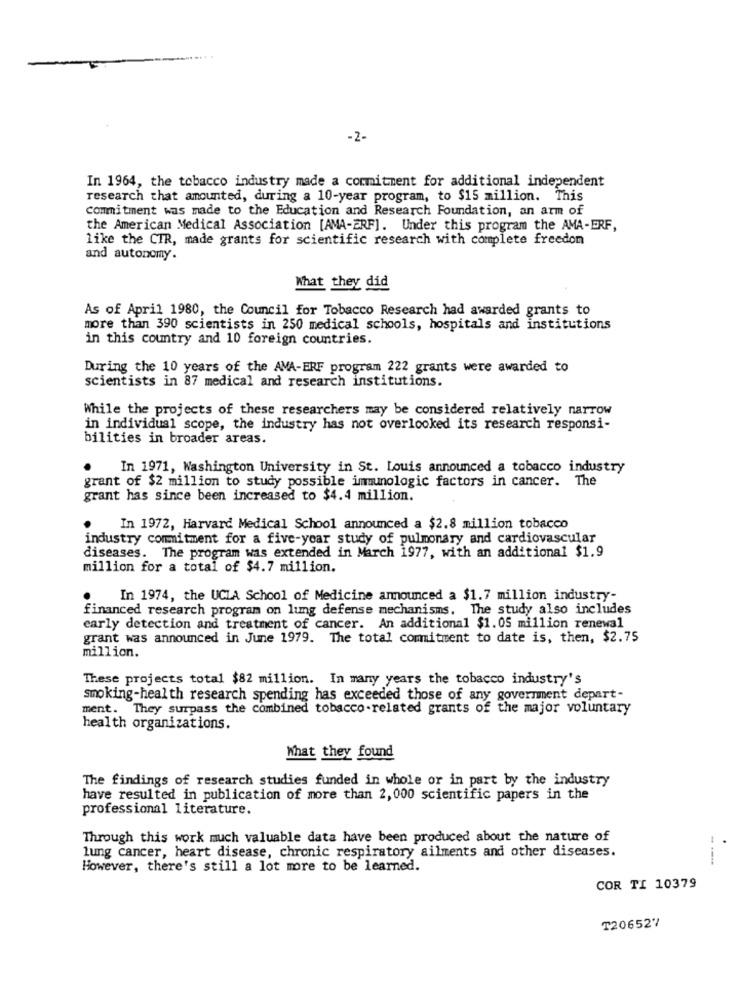
-2-
In 1964, the tobacco industry made a commitment for additional independent
research that amounted, during a 10-year program, to $15 million. This
Commitment was made to the Education and Research Foundation, an arm of
the American Medical Association [AMA-ERF]. Under this program the AMA-ERF,
like the CTR, made grants for scientific research with complete freedom
and autonomy.
What they did
As of April 1980, the Council for Tobacco Research had awarded grants to
more than 390 scientists in 250 medical schools, hospitals and institutions
in this country and 10 foreign countries.
During the 10 years of the AVA-ERF program 222 grants were awarded to
scientists in 87 medical and research institutions.
While the projects of these researchers may be considered relatively narrow
in individual scope, the industry has not overlooked its research responsi-
bilities in broader areas.
In 1971, Washington University in St. Louis announced a tobacco industry
grant of $2 million to study possible immunologic factors in cancer. The
grant has since been increased to $4.4 million.
In 1972, Harvard Medical School announced a $2.8 million tobacco
industry commitment for a five-year study of pulmonary and cardiovascular
diseases. The program was extended in March 1977, with an additional $1.9
million for a total of $4.7 million.
In 1974, the UCLA School of Medicine announced a $1.7 million industry-
financed research program on lung defense mechanisms. The study also includes
early detection and treatment of cancer. An additional $1.05 million renewal
grant was announced in June 1979. The total commitment to date is, then, $2.75
million.
These projects total $82 million. In many years the tobacco industry's
smoking-health research spending has exceeded those of any government depart-
ment. They surpass the combined tobacco-related grants of the major voluntary
health organizations.
What they found
The findings of research studies funded in whole or in part by the industry
have resulted in publication of more than 2, 000 scientific papers in the
professional literature.
Through this work much valuable data have been produced about the nature of
lung cancer, heart disease, chronic respiratory ailments and other diseases.
However, there's still a lot more to be learned.
COR TI 10379
T206527